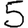
Digit: 5